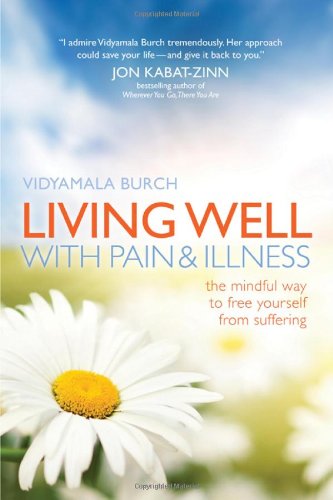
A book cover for Living Well with Pain and Illness: The Mindful Way to Free Yourself from Suffering; Vidyamala Burch; Medical Books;